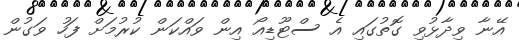
އޭނާ ވިދާޅުވި ގޮތުގައި އެ ސްޓޫޑިއޯ އިން ވައްކަން ކުރުމަށް ފަހު ވަގުން